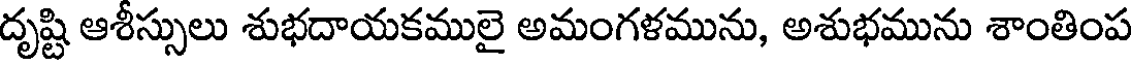
దృష్టి ఆశీస్సులు శుభదాయకములై అమంగళమును, అశుభమును శాంతింప